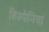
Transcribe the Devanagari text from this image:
हिस्पेनिया